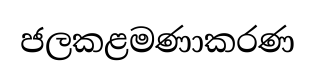
ජලකළමණාකරණ